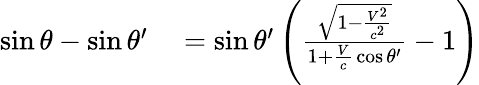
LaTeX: \begin{array}{rl}{\sin\theta-\sin\theta^{\prime}}&{{}=\sin\theta^{\prime}\left({\frac{\sqrt{1-{\frac{V^{2}}{c^{2}}}}}{1+{\frac{V}{c}}\cos\theta^{\prime}}}-1\right)}\end{array}